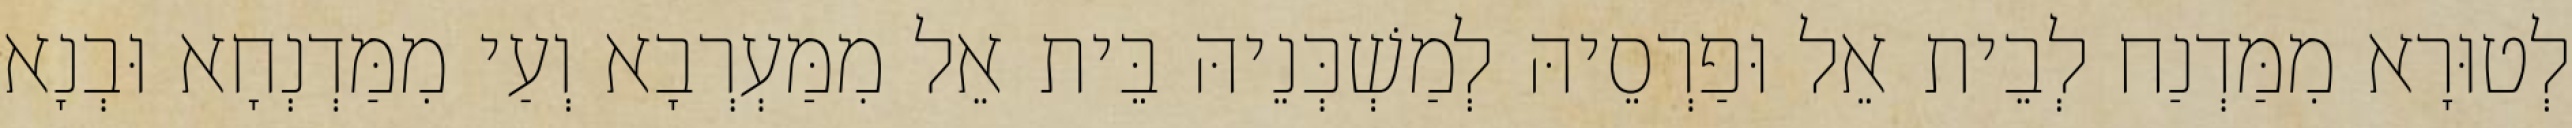
לְטוּרָא מִמַּדְנַח לְבֵית אֵל וּפַרְסֵיהּ לְמַשְׁכְּנֵיהּ בֵּית אֵל מִמַּעְרְבָא וְעַי מִמַּדְנְחָא וּבְנָא